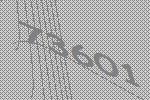
73601